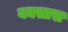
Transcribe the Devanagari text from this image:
बक्सास